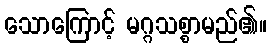
သောကြောင့် မဂ္ဂသစ္စာမည်၏။